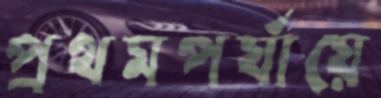
প্রথমপর্যায়ে